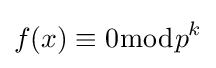
f(x)\equiv 0{\bmod {p}}^{k}